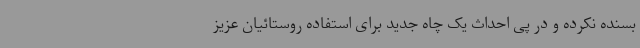
بسنده نکرده و در پی احداث یک چاه جدید برای استفاده روستائیان عزیز